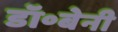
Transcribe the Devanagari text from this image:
डॉ॰बेनी